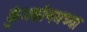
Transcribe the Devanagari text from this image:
कुंभकोणमच्या